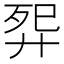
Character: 𬆕